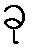
ခု